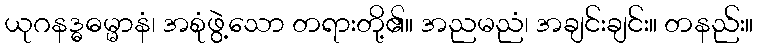
ယုဂနဒ္ဓဓမ္မာနံ၊ အစုံဖွဲ့သော တရားတို့၏။ အညမညံ၊ အချင်းချင်း။ တနည်း။